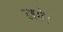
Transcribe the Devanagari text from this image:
लगेे।